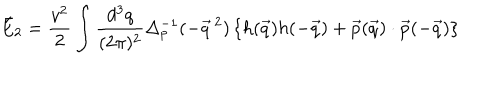
\bar { E } _ { 2 } = \frac { v ^ { 2 } } { 2 } \int \frac { d ^ { 3 } q } { ( 2 \pi ) ^ { 2 } } \Delta _ { p } ^ { - 1 } ( - \vec { q } \, ^ { 2 } ) \left\{ h ( \vec { q } ) h ( - \vec { q } ) + \vec { p } ( \vec { q } ) \cdot \vec { p } ( - \vec { q } ) \right\}